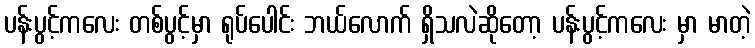
ပန်းပွင့်ကလေး တစ်ပွင့်မှာ ရုပ်ပေါင်း ဘယ်လောက် ရှိသလဲဆိုတော့ ပန်းပွင့်ကလေး မှာ မာတဲ့